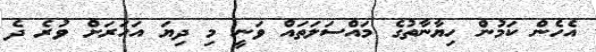
އެހެން ކަމުން ހިޔާނާތުގެ މައްސަލަތައް ވަނީ މި ދިޔަ އަހަރަށް ވުރެ ދެ